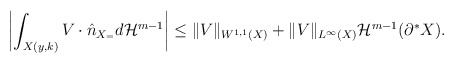
\begin{align*}\left|\int_{X(y,k)} V \cdot \hat n_{X_=} d{\mathcal H}^{m-1} \right|\le \|V\|_{W^{1,1}(X)} + \|V\|_{L^\infty(X)} {\mathcal H}^{m-1}(\partial^* X).\end{align*}